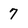
Character: 7